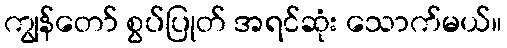
ကျွန်တော် စွပ်ပြုတ် အရင်ဆုံး သောက်မယ်။